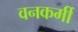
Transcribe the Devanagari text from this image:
वनकर्मी